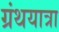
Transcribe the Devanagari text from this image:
ग्रंथयात्रा